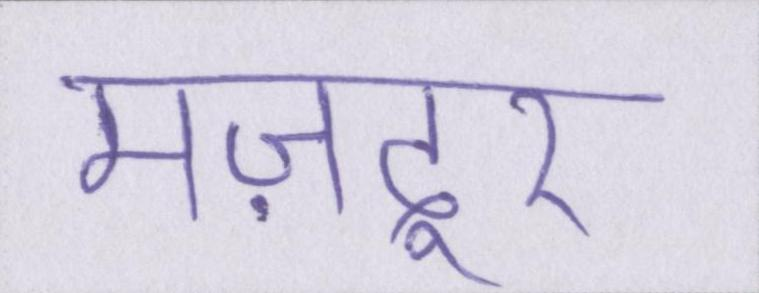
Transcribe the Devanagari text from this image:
मज़दूर